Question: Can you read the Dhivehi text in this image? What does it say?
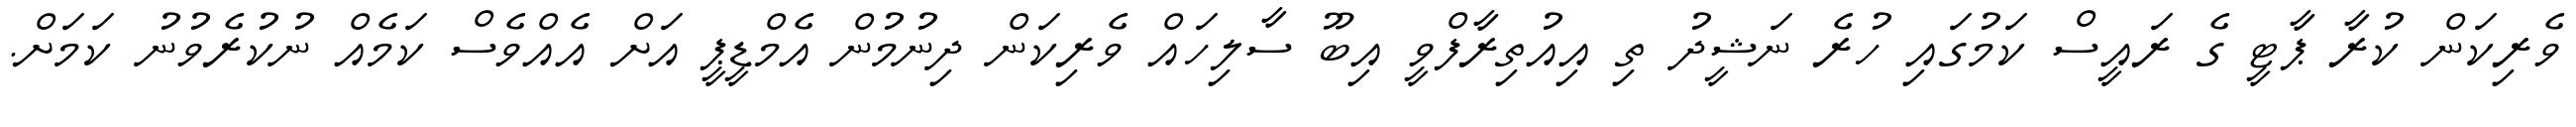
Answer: ވެރިކަން ކުރާ ޕާޓީ ގެ ރައީސް ކަމުގައި ހުރެ ނަޝީދު ތި އިއުތިރާފްވީ އިބޫ ސާލިހައް ވެރިކަން ދިނުމުން އެމްޑީޕީ އަށް އެއްވެސް ކަމެއް ނުކުރެވުނު ކަމަށް.